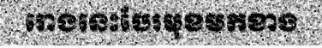
រោងនេះបែរមុខមកខាង